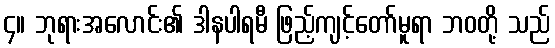
၄။ ဘုရားအလောင်း၏ ဒါနပါရမီ ဖြည့်ကျင့်တော်မူရာ ဘဝတို့ သည်